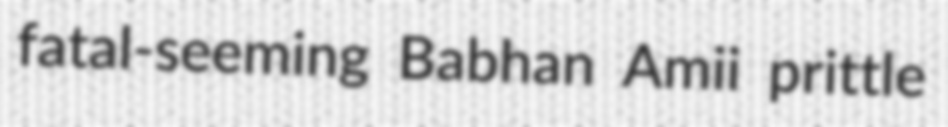
fatal-seeming Babhan Amii prittle